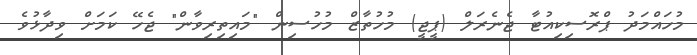
މުހައްމަދު ޕްރޮސިކިއުޓާ ޖެނެރަލް (ޕީޖީ) މުހުތާޒް މުހުސިން "މައިތިރިވާން" ޖެހޭ ކަމަށް ވިދާޅުވެ